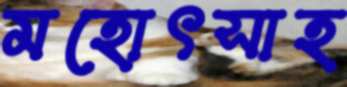
মহোৎসাহ